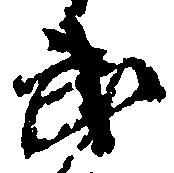
武